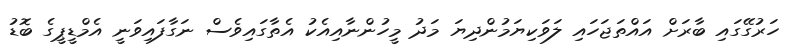
ހަރުގޭގައި ބާރަށް އައްތަޖަހައި ލަވަކިޔަމުންދިޔަ މަދު މީހުންނާއިއެކު އެތާގައިވެސް ނަގާފައިވަނީ އެމްޑީޕީގެ ބޮޑު